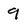
Character: 9